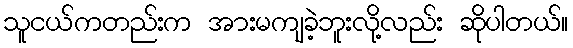
သူငယ်ကတည်းက အားမကျခဲ့ဘူးလို့လည်း ဆိုပါတယ်။